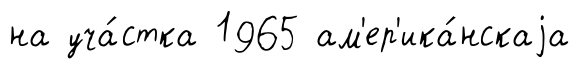
на уча́стка 1965 ам'ер'ика́нскаjа